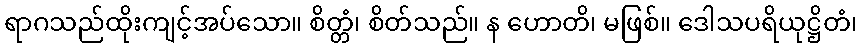
ရာဂသည်ထိုးကျင့်အပ်သော။ စိတ္တံ၊ စိတ်သည်။ န ဟောတိ၊ မဖြစ်။ ဒေါသပရိယုဋ္ဌိတံ၊